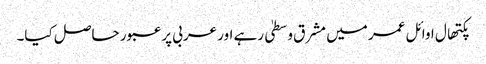
پکتھال اوائل عمر میں مشرق وسطیٰ رہے اور عربی پر عبور حاصل کیا۔